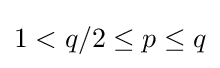
1<q/2\leq p\leq q